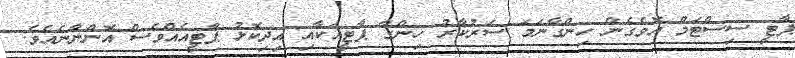
ޕާޓީ ސިސްޓަމް އޮވެގެން ހިންގާނަމަ ސަރުކާރު ހިންގާ ޕާޓީއަކާއި އިދިކޮޅު ޕާޓީއެއްވެސް އޮންނާނެއެވެ.